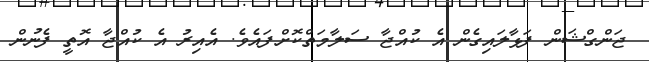
ޖަންގްޝަން ފަޅާލައިގެން އެ ކުއްޖާ ސަލާމަތްކޮށްފައެވެ. އެއިރު އެ ކުއްޖާ އޮތީ ފެނުން